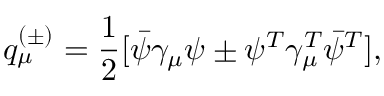
q _ { \mu } ^ { ( \pm ) } = \frac { 1 } { 2 } [ \bar { \psi } \gamma _ { \mu } \psi \pm \psi ^ { T } \gamma _ { \mu } ^ { T } \bar { \psi } ^ { T } ] ,